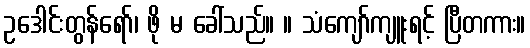
ဥဒေါင်းတွန်ရော်၊ ဖို မ ခေါ်သည်။ ။ သံကျော်ကျူးရင့် ပြီတကား။